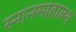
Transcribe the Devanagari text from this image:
स्नानमाहात्म्य